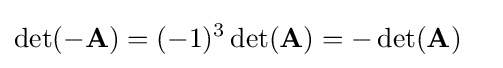
\det(-\mathbf {A} )=(-1)^{3}\det(\mathbf {A} )=-\det(\mathbf {A} )\quad